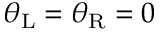
\theta _ { \mathrm { L } } = \theta _ { \mathrm { R } } = 0